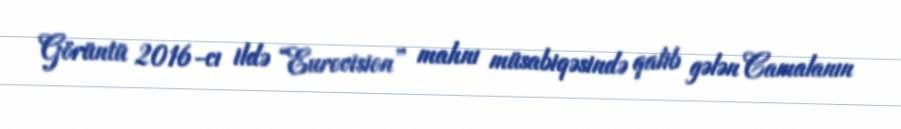
Görüntü 2016-cı ildə “Eurovision” mahnı müsabiqəsində qalib gələn Camalanın